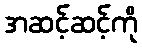
အဆင့်ဆင့်ကို